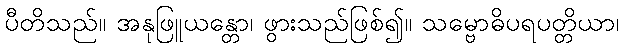
ပီတိသည်။ အနုဖြူယန္တော၊ ဖွားသည်ဖြစ်၍။ သမ္ဗောဓိပရပတ္တိယာ၊